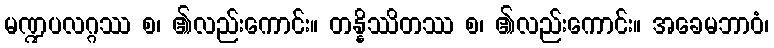
မဏ္ဍပလဂ္ဂဿ စ၊ ၏လည်းကောင်း။ တန္နိဿိတဿ စ၊ ၏လည်းကောင်း။ အခေမဘာဝံ၊